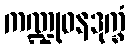
ကဏ္ဍုဝနဒုက္ခံ